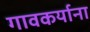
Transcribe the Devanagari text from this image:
गावकर्याना